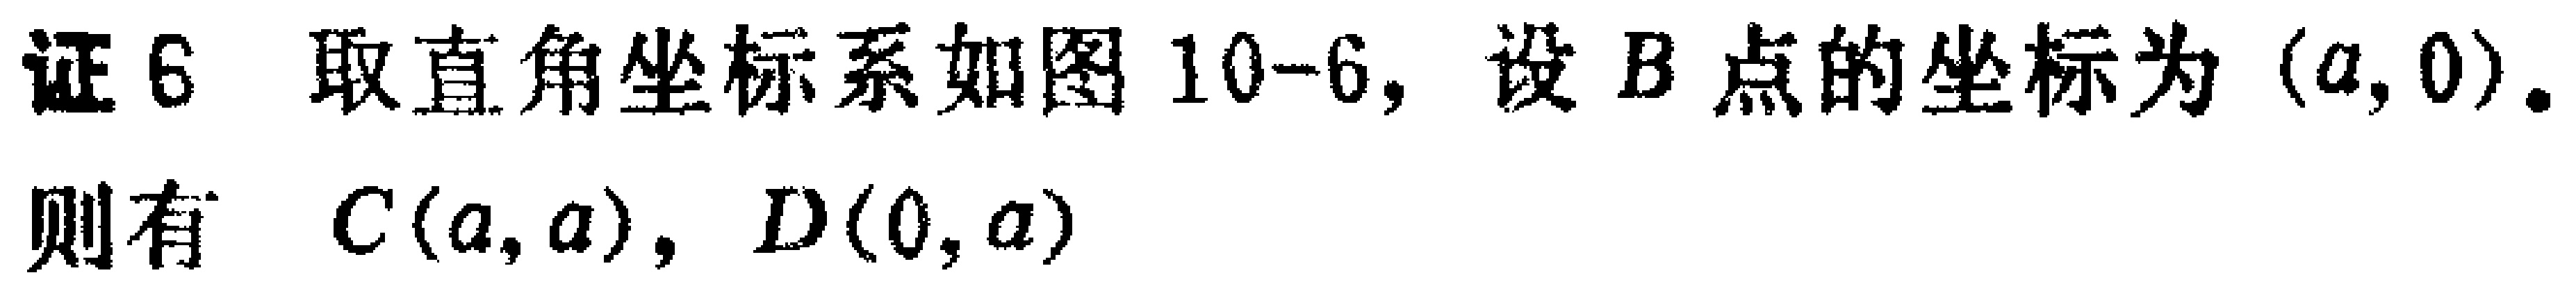
证 6 取直角坐标系如图 10-6, 设 \(B\) 点的坐标为 \((a,0)\).

则有 \(C(a,a)\), \(D(0,a)\)